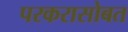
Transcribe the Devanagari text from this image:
परकरासोबत